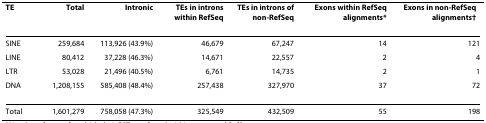
<table><thead><tr><td><b>TE</b></td><td><b>Total</b></td><td><b>Intronic</b></td><td><b>TEs in introns within RefSeq</b></td><td><b>TEs in introns of non-RefSeq</b></td><td><b>Exons within RefSeq alignments*</b></td><td><b>Exons in non-RefSeq alignments<sup>†</sup></b></td></tr></thead><tbody><tr><td>SINE</td><td>259,684</td><td>113,926 (43.9%)</td><td>46,679</td><td>67,247</td><td>14</td><td>121</td></tr><tr><td>LINE</td><td>80,412</td><td>37,228 (46.3%)</td><td>14,671</td><td>22,557</td><td>2</td><td>4</td></tr><tr><td>LTR</td><td>53,028</td><td>21,496 (40.5%)</td><td>6,761</td><td>14,735</td><td>2</td><td>1</td></tr><tr><td>DNA</td><td>1,208,155</td><td>585,408 (48.4%)</td><td>257,438</td><td>327,970</td><td>37</td><td>72</td></tr><tr><td>Total</td><td>1,601,279</td><td>758,058 (47.3%)</td><td>325,549</td><td>432,509</td><td>55</td><td>198</td></tr></tbody></table>